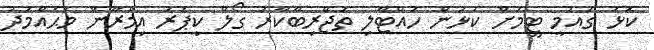
ކޮޅު ގައުމީ ޓީމަށް ކުޅުން ހުއްޓާލި ތަޖްރިބާކާރު ގޯލް ކީޕަރު އިމްރާން މުޙައްމަދު